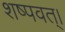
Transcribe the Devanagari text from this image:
शष्पवत्‌।